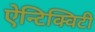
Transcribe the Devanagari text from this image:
ऐन्टिक्विटी